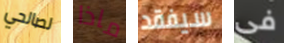
لصالحي ماذا سيفقد فى